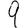
Digit: 9